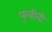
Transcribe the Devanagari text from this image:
फुबीनी